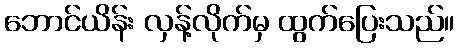
ဘောင်ယိန်း လှန့်လိုက်မှ ထွက်ပြေးသည်။